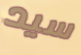
سيد